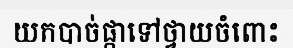
យកបាច់ផ្កាទៅថ្វាយចំពោះ